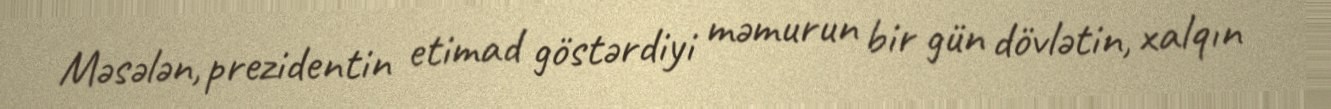
Məsələn, prezidentin etimad göstərdiyi məmurun bir gün dövlətin, xalqın